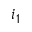
i _ { 1 }